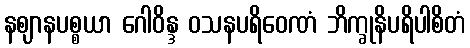
နဈာနပစ္စယာ ဂေါဝိန္ဒ ဝသနပရိဝေဏံ ဘိက္ခုနိပရိပါစိတံ